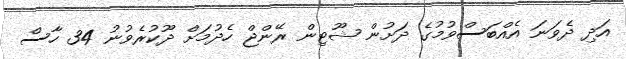
އަދި ދެވަނަ އެއްބަސްވުމުގެ ދަށުން ޝޫޓިން ރޭންޖް ހެދުމަށް ދޫކުރެވުނު 34 ހާސް